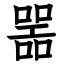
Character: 噐